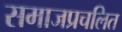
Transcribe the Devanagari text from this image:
समाजप्रचलित